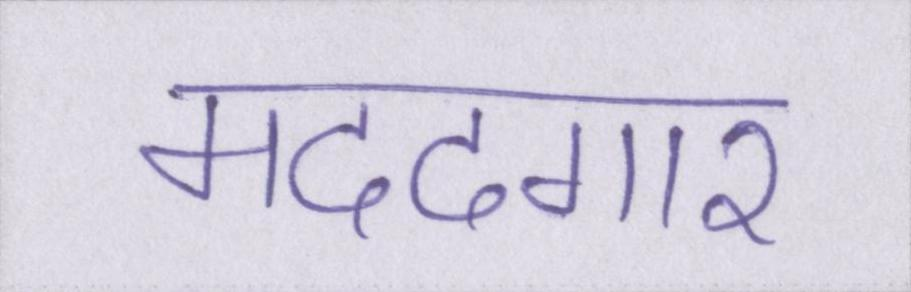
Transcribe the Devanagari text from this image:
मददगार